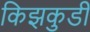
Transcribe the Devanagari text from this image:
किझकुडी